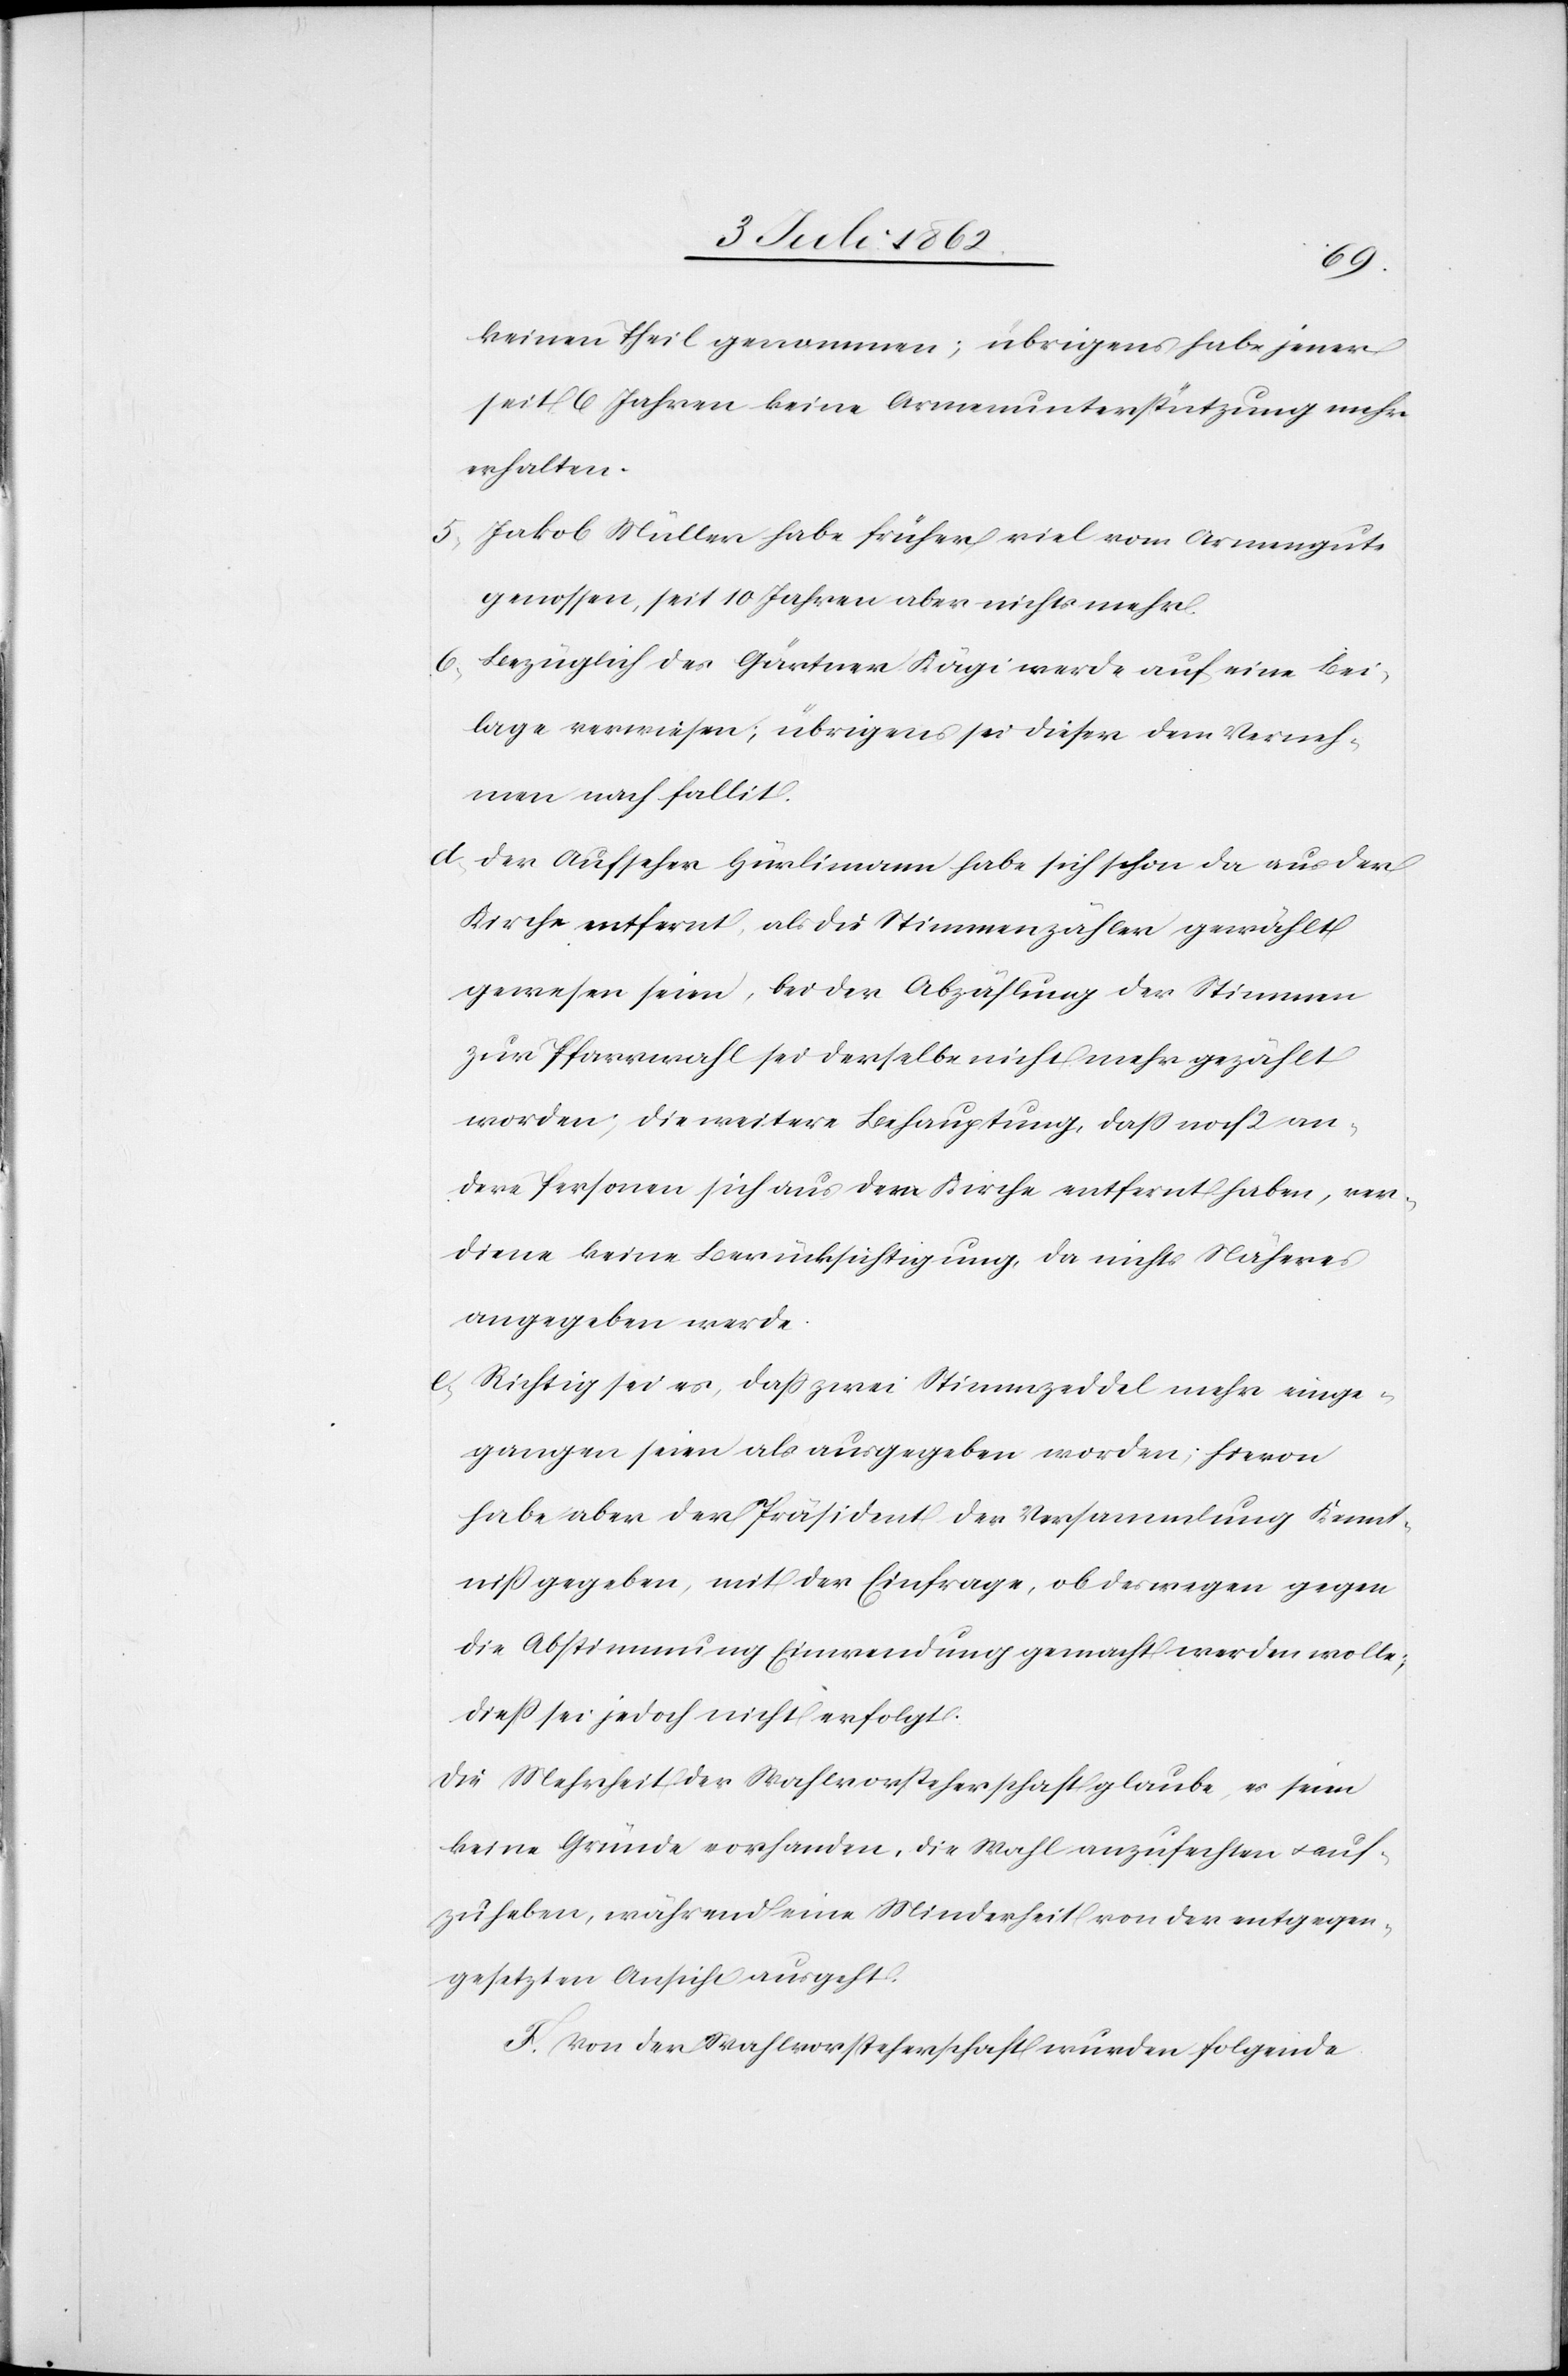
keinen Theil genommen; übrigens habe jener
seit 6 Jahren keine Armenunterstützung mehr
erhalten.
5. Jakob Müller habe früher viel vom Armengute
genossen, seit 10 Jahren aber nichts mehr.
6. Bezüglich des Gärtner Kägi werde auf eine Bei¬
lage verwiesen; übrigens sei dieser dem Verneh¬
men nach fallit.
d. Der Aufseher Hürlimann habe sich schon da aus der
Kirche entfernt, als die Stimmenzähler gewählt
gewesen seien, bei der Abzählung der Stimmen
zur Pfarrwahl sei derselbe nicht mehr gezählt
worden; die weitere Behauptung, daß noch 2 an¬
dere Personen sich aus dem [sic!] Kirche entfernt haben, ver¬
diene keine Berücksichtigung, da nichts Näheres
angegeben werde.
e. Richtig sei es, daß zwei Stimmzeddel mehr einge¬
gangen seien als ausgegeben worden; hievon
habe aber der Präsident der Versammlung Kennt¬
niß gegeben, mit der Einfrage, ob deswegen gegen
die Abstimmung Einwendung gemacht werden wollte;
dieß sei jedoch nicht erfolgt.
Die Mehrheit der Wahlvorsteherschaft glaube, es seien
keine Gründe vorhanden, die Wahl anzufechten u. auf¬
zuheben, während eine Minderheit von der entgegen¬
gesetzten Ansicht ausgeht.
F. Von der Wahlvorsteherschaft wurden folgende